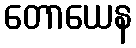
တောယေန